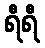
ရီရီ